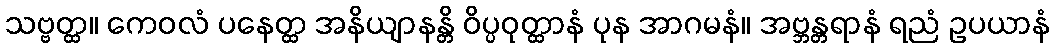
သဗ္ဗတ္ထ။ ကေဝလံ ပနေတ္ထ အနိယျာနန္တိ ဝိပ္ပဝုတ္ထာနံ ပုန အာဂမနံ။ အဗ္ဘန္တရာနံ ရညံ ဥပယာနံ